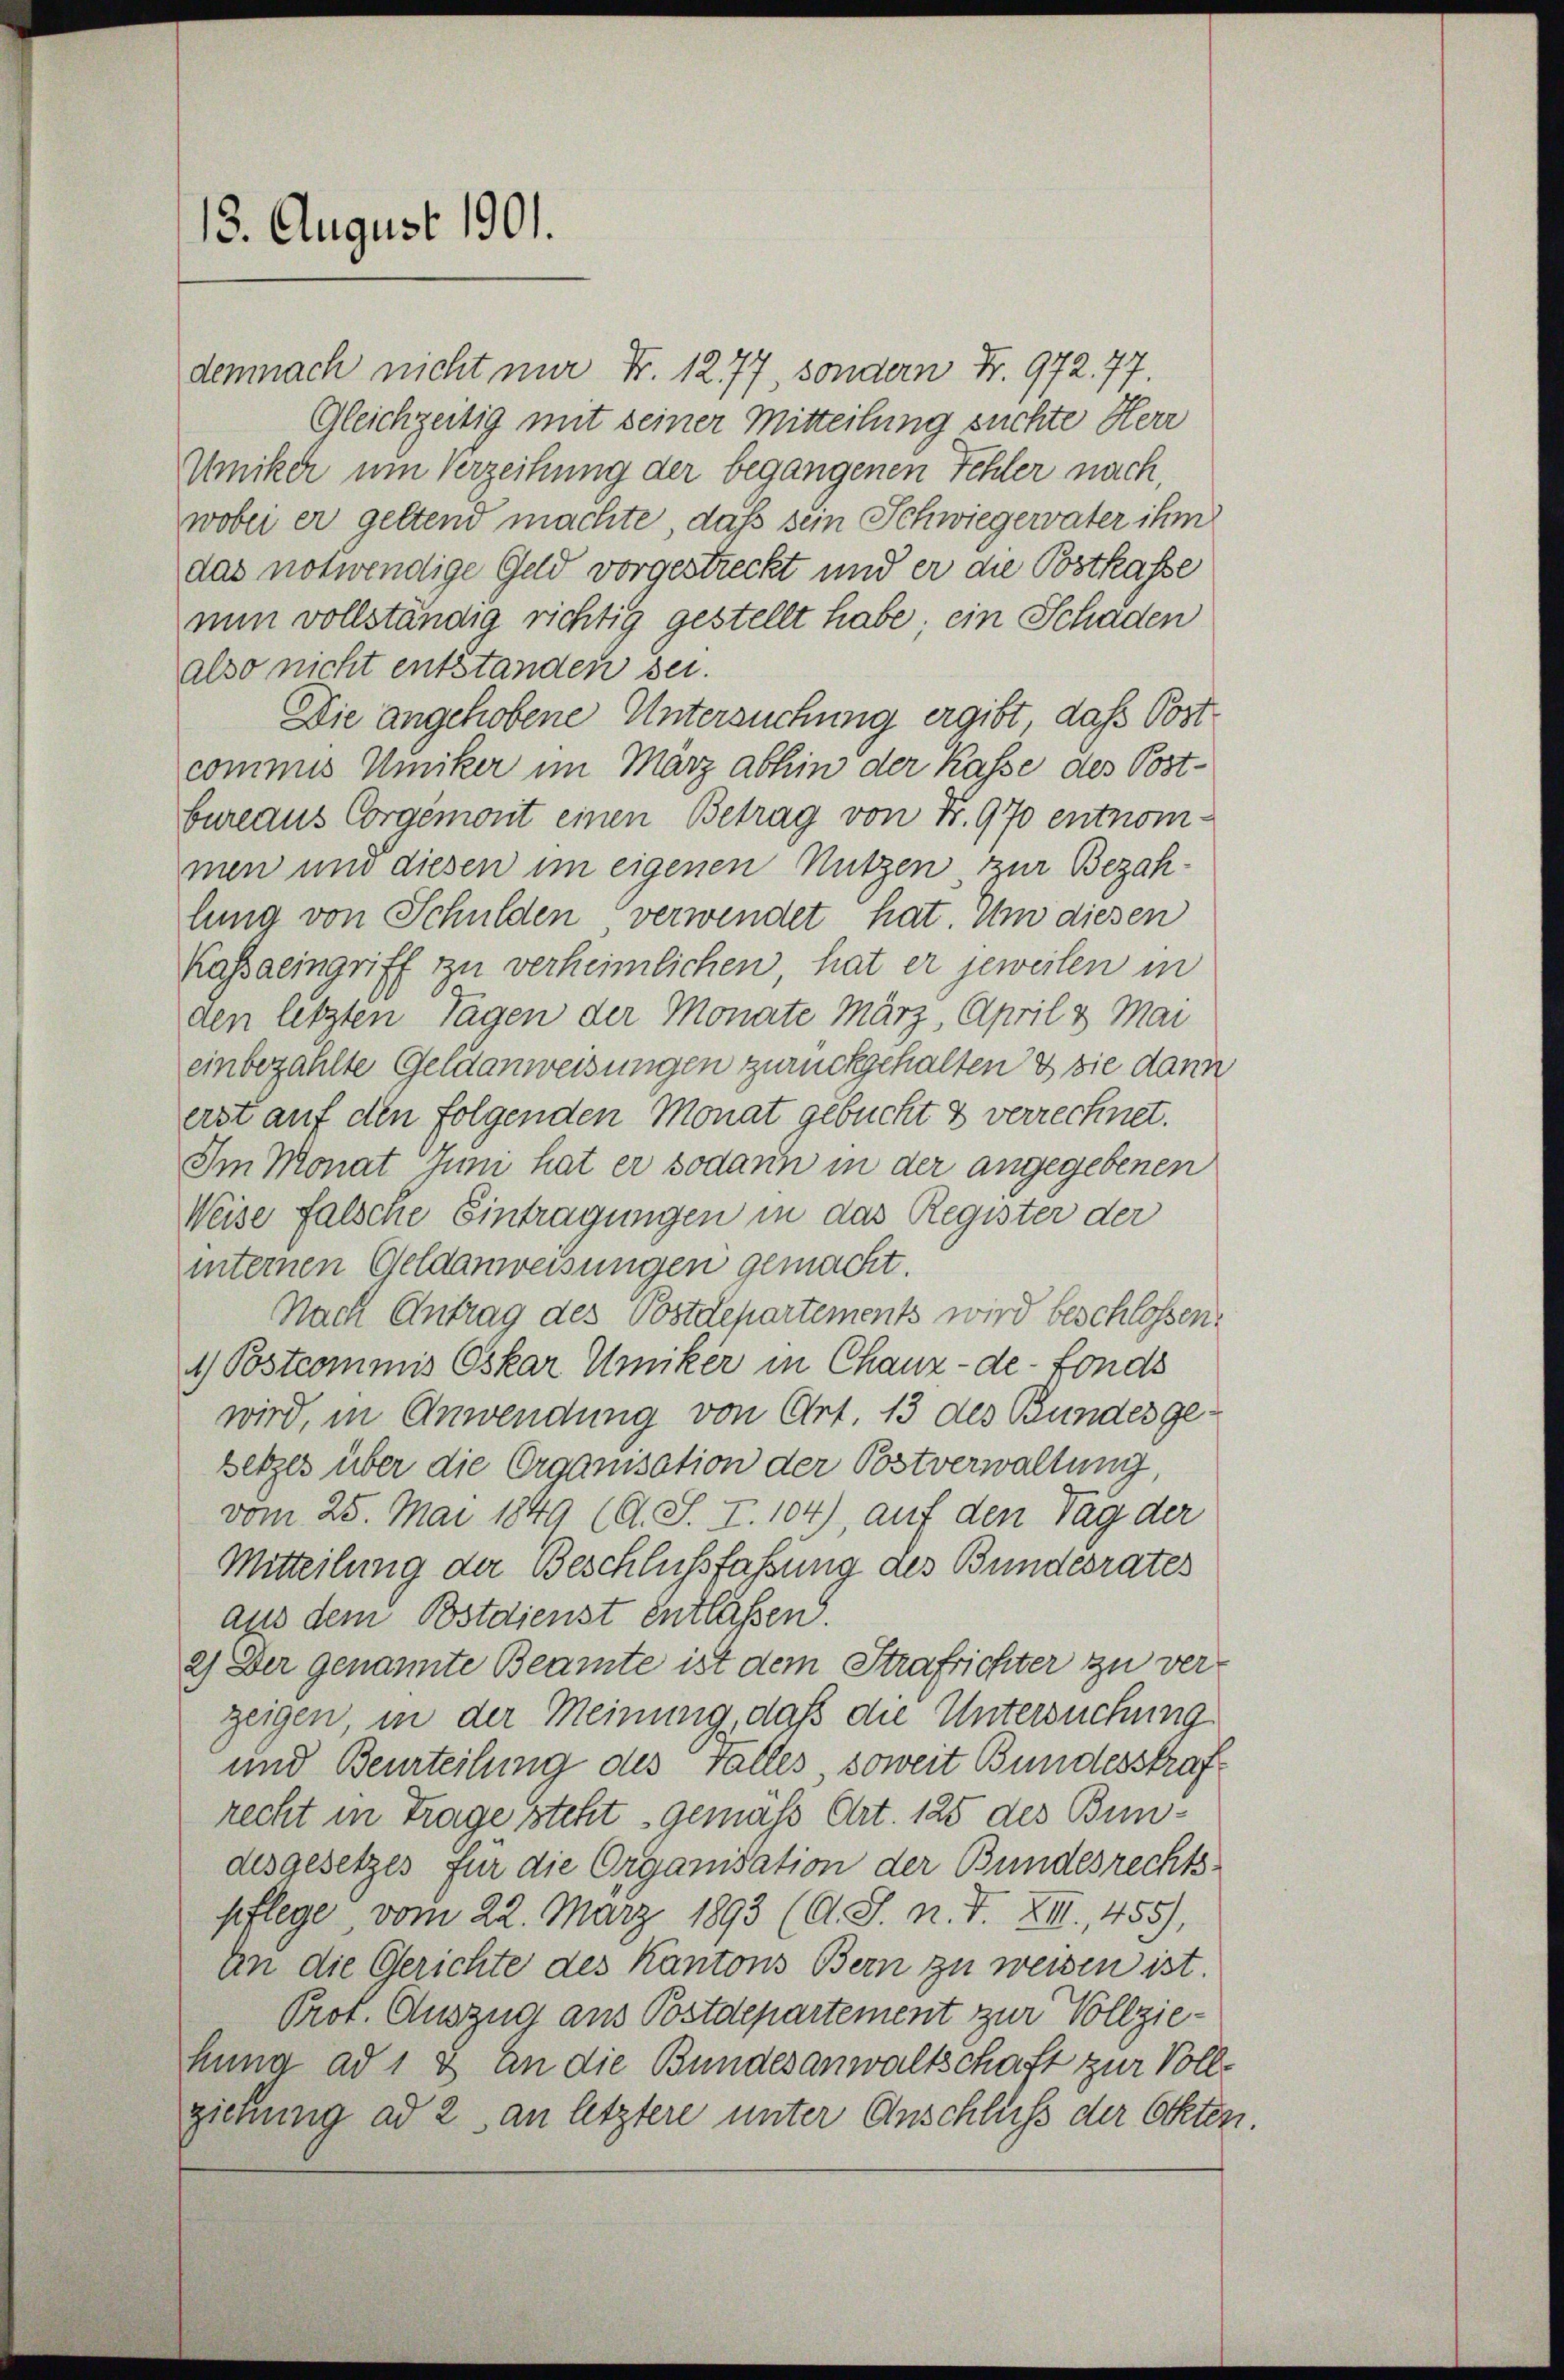
13. August 1901.

demnach nicht nur Fr. 1277, sondern Fr. 972. 77.
Gleichzeitig mit seiner Mitteilung suchte Herr
Umiker um Verzeihung der begangenen Fehler nach,
wobei er geltend machte, daß sein Schwiegervater ihm
das notwendige Geld vorgestreckt und er die Postkasse
nun vollständig richtig gestellt habe; ein Schaden
also nicht entstanden sei.
Die angehobene Untersuchung ergibt, daß Postcommis Umiker im März abhin der Kasse des Postbureaus Corgémont einen Betrag von Fr. 970 entnom-
men und diesen im eigenen Nutzen, zur Bezahlung von Schulden, verwendet hat. Um diesen
Kassaeingriff zu verheimlichen, hat er jeweilen in
.
den letzten Tagen der Monate März, April & Mai
einbezahlte Geldanweisungen zurückgehalten & sie dann
erst auf den folgenden Monat gebucht & verrechnet.
Im Monat Juni hat er sodann in der angegebenen
Weise falsche Eintragungen in das Register der
internen Geldanweisungen gemacht.
Nach Antrag des Postdepartements wird beschlossen.
1) Postcommis Oskar Umiker in Chaux-de-Fonds
wird, in Anwendung von Art. 13 des Bundes ge-
setzes über die Organisation der Postverwaltung
vom 25. Mai 1849 (O. S. I. 104), auf den Tag der
Mitteilung der Beschlussfassung des Bundesrates
aus dem Bostdienst entlassen.
2) Der genannte Beamte ist dem Strafrichter zu ver-
zeigen, in der Meinung, daß die Untersuchung
und Beurteilung des Falles soweit Bundesstraf
recht in Trage steht gemäß Art. 125 des Bundesgesetzes für die Organisation der Bundesrechtspflege vom 22. März 1893 (A. S. n. F. XII., 455),
an die Gerichte des Kantons Bern zu weisen ist.
Prot. Auszug aus Postdepartement zur Vollziehung ad 1 & an die Bundesanwaltschaft zur Vollziehung ad 2, an letztere unter Anschluß der Otter.

2.